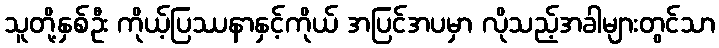
သူတို့နှစ်ဦး ကိုယ့်ပြဿနာနှင့်ကိုယ် အပြင်အပမှာ လိုသည့်အခါများတွင်သာ